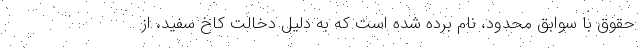
حقوق با سوابق محدود، نام برده شده است که به دلیل دخالت کاخ سفید، از